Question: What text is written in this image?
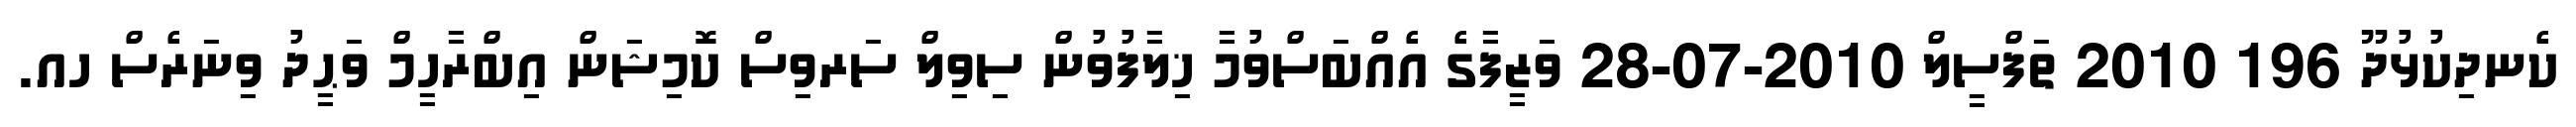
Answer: ކެނދިކުޅުދޫ 196 2010 ތަފްސީލް 2010-07-28 ވަޒީފާގެ އެއްބަސްވުމާ ޚިލާފުވުން ސިވިލް ސަރވިސް ކޮމިޝަން އިބްރާހީމް ވަޙީދު ވިނަރެސް ހއ.